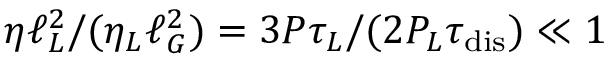
{ \eta \ell _ { L } ^ { 2 } / ( \eta _ { L } \ell _ { G } ^ { 2 } ) = 3 P \tau _ { L } / ( 2 P _ { L } \tau _ { \mathrm { { d i s } } } ) \ll 1 }